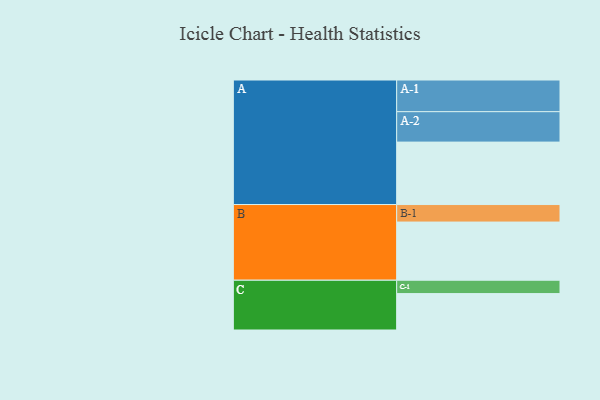
{"axis": {"x": "Segment", "y": "Value"}, "legend": ["", "A", "B", "C"], "data": [{"x": "A", "y": 542, "type": ""}, {"x": "B", "y": 505, "type": ""}, {"x": "C", "y": 316, "type": ""}, {"x": "A-1", "y": 275, "type": "A"}, {"x": "A-2", "y": 264, "type": "A"}, {"x": "B-1", "y": 152, "type": "B"}, {"x": "C-1", "y": 116, "type": "C"}]}